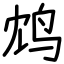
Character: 鸩